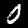
Label: 0